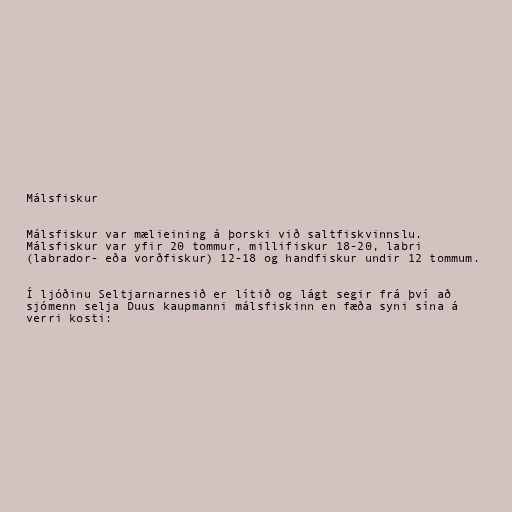
Málsfiskur

Málsfiskur var mælieining á þorski við saltfiskvinnslu.
Málsfiskur var yfir 20 tommur, millifiskur 18-20, labri
(labrador- eða vorðfiskur) 12-18 og handfiskur undir 12 tommum.

Í ljóðinu Seltjarnarnesið er lítið og lágt segir frá því að
sjómenn selja Duus kaupmanni málsfiskinn en fæða syni sína á
verri kosti: